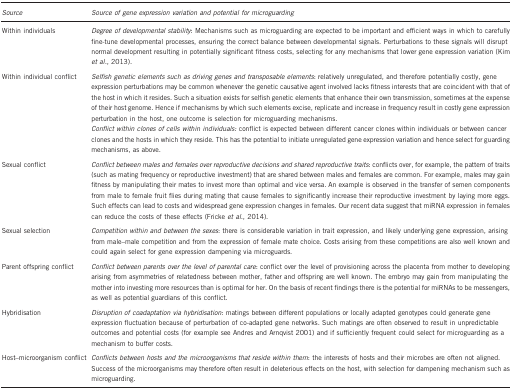
<table><thead><tr><td><b><i>Source</i></b></td><td><b><i>Source of gene expression variation and potential for microguarding</i></b></td></tr></thead><tbody><tr><td>Within individuals</td><td><i>Degree of developmental stability</i>: Mechanisms such as microguarding are expected to be important and efficient ways in which to carefully fine-tune developmental processes, ensuring the correct balance between developmental signals. Perturbations to these signals will disrupt normal development resulting in potentially significant fitness costs, selecting for any mechanisms that lower gene expression variation (Kim <i>et al.</i>, 2013).</td></tr><tr><td>Within individual conflict</td><td><i>Selfish genetic elements such as driving genes and transposable elements</i>: relatively unregulated, and therefore potentially costly, gene expression perturbations may be common whenever the genetic causative agent involved lacks fitness interests that are coincident with that of the host in which it resides. Such a situation exists for selfish genetic elements that enhance their own transmission, sometimes at the expense of their host genome. Hence if mechanisms by which such elements excise, replicate and increase in frequency result in costly gene expression perturbation in the host, one outcome is selection for microguarding mechanisms. <i>Conflict within clones of cells within individuals:</i> conflict is expected between different cancer clones within individuals or between cancer clones and the hosts in which they reside. This has the potential to initiate unregulated gene expression variation and hence select for guarding mechanisms, as above.</td></tr><tr><td>Sexual conflict</td><td><i>Conflict between males and females over reproductive decisions and shared reproductive traits</i>: conflicts over, for example, the pattern of traits (such as mating frequency or reproductive investment) that are shared between males and females are common. For example, males may gain fitness by manipulating their mates to invest more than optimal and vice versa. An example is observed in the transfer of semen components from male to female fruit flies during mating that cause females to significantly increase their reproductive investment by laying more eggs. Such effects can lead to costs and widespread gene expression changes in females. Our recent data suggest that miRNA expression in females can reduce the costs of these effects (Fricke <i>et al.</i>, 2014).</td></tr><tr><td>Sexual selection</td><td><i>Competition within and between the sexes</i>: there is considerable variation in trait expression, and likely underlying gene expression, arising from male–male competition and from the expression of female mate choice. Costs arising from these competitions are also well known and could again select for gene expression dampening via microguards.</td></tr><tr><td>Parent offspring conflict</td><td><i>Conflict between parents over the level of parental care</i>: conflict over the level of provisioning across the placenta from mother to developing arising from asymmetries of relatedness between mother, father and offspring are well known. The embryo may gain from manipulating the mother into investing more resources than is optimal for her. On the basis of recent findings there is the potential for miRNAs to be messengers, as well as potential guardians of this conflict.</td></tr><tr><td>Hybridisation</td><td><i>Disruption of coadaptation via hybridisation</i>: matings between different populations or locally adapted genotypes could generate gene expression fluctuation because of perturbation of co-adapted gene networks. Such matings are often observed to result in unpredictable outcomes and potential costs (for example see Andres and Arnqvist 2001) and if sufficiently frequent could select for microguarding as a mechanism to buffer costs.</td></tr><tr><td>Host–microorganism conflict</td><td><i>Conflicts between hosts and the microorganisms that reside within them</i>: the interests of hosts and their microbes are often not aligned. Success of the microorganisms may therefore often result in deleterious effects on the host, with selection for dampening mechanism such as microguarding.</td></tr></tbody></table>